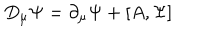
D _ { \mu } \Psi = \partial _ { \mu } \Psi + \left[ A , \Psi \right]